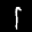
Label: 1